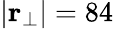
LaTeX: |\textbf{r}_{\bot}|=84